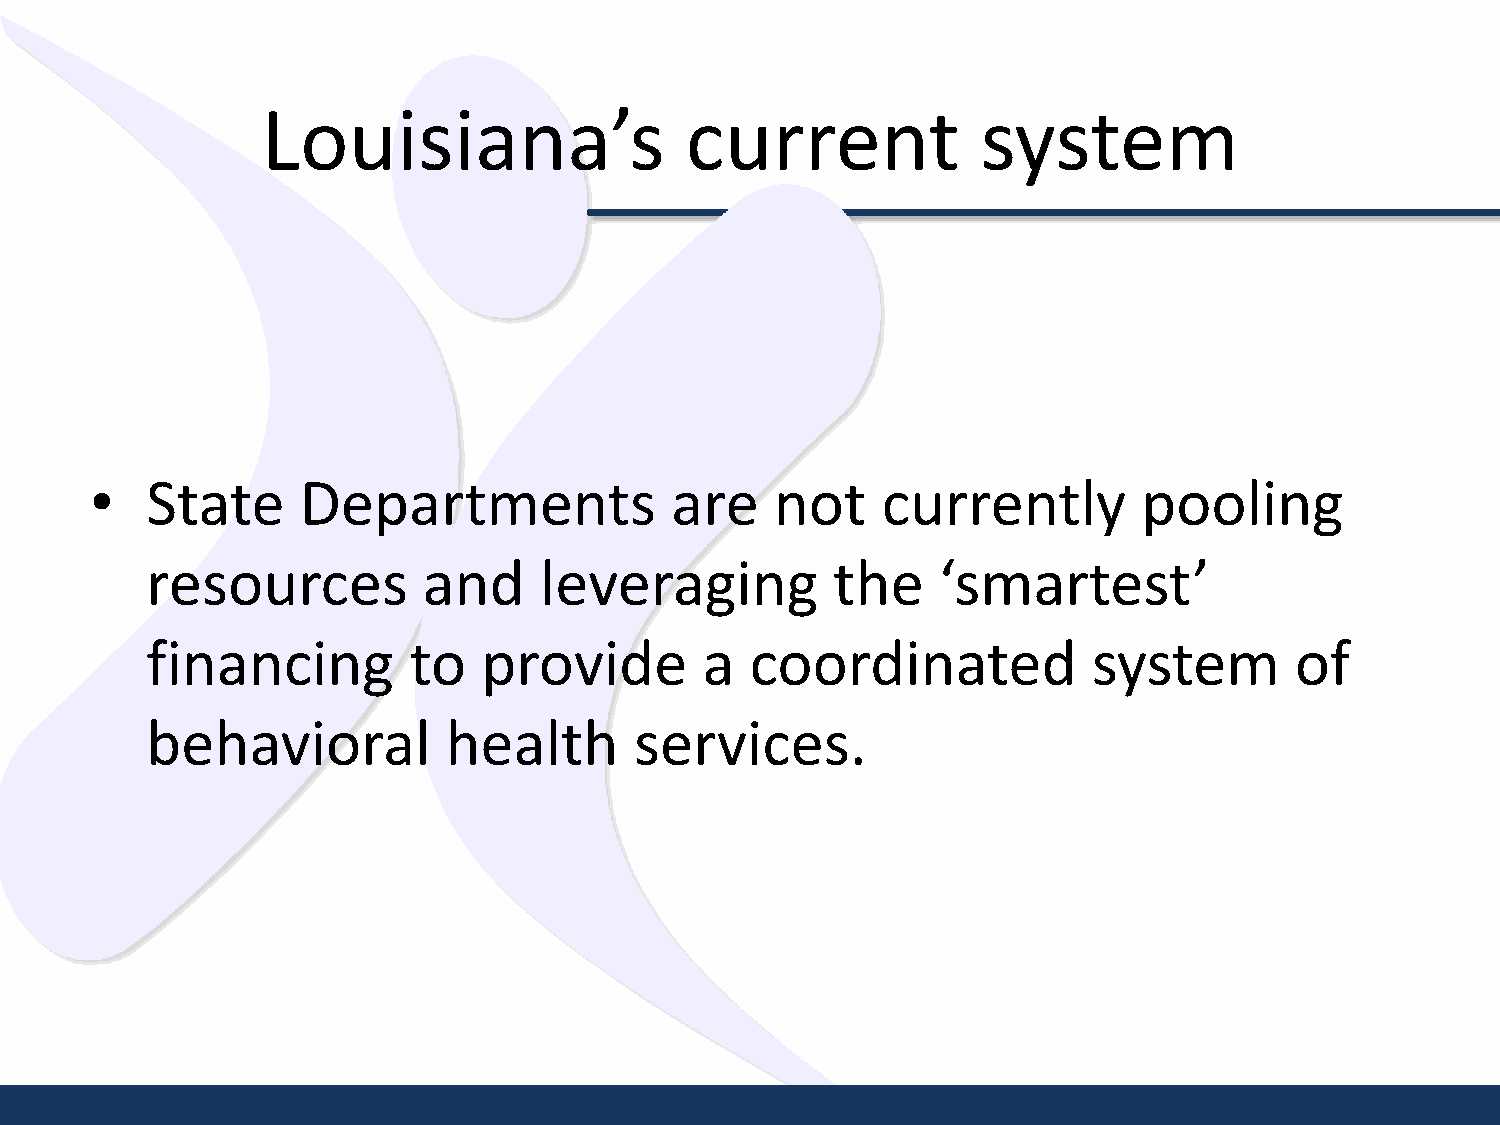
Louisiana’s                 current             system
 •   State     Departments             are    not    currently         pooling
 resources         and     leveraging         the    ‘smartest’
 financing        to   provide        a  coordinated           system        of
 behavioral          health      services.